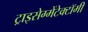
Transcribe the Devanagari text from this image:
ट्राइसेग्मेंटेक्टॉमी